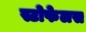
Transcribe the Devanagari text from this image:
स्टोफेलस